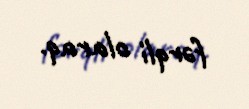
fərqli olaraq.